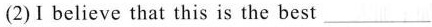
(2)I believe that this is the best ___